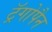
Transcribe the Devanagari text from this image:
ट्रॅगोपैन